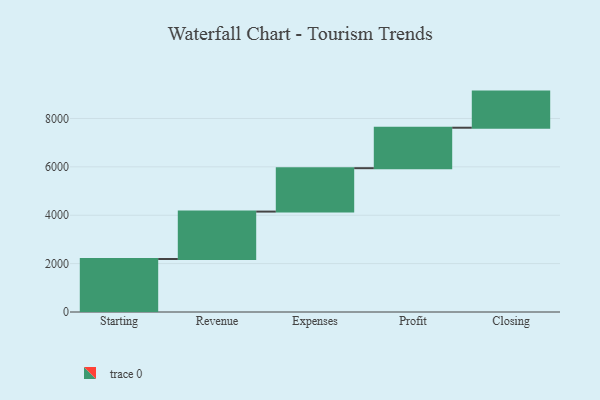
{"axis": {"x": "Step", "y": "Value"}, "legend": [""], "data": [{"x": "Starting", "y": 2191.0, "type": ""}, {"x": "Revenue", "y": 1960.0, "type": ""}, {"x": "Expenses", "y": 1794.0, "type": ""}, {"x": "Profit", "y": 1673.0, "type": ""}, {"x": "Closing", "y": 1493.0, "type": ""}]}